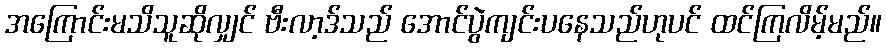
အကြောင်းမသိသူဆိုလျှင် ဗီးလာ့ဒ်သည် အောင်ပွဲကျင်းပနေသည်ဟုပင် ထင်ကြလိမ့်မည်။